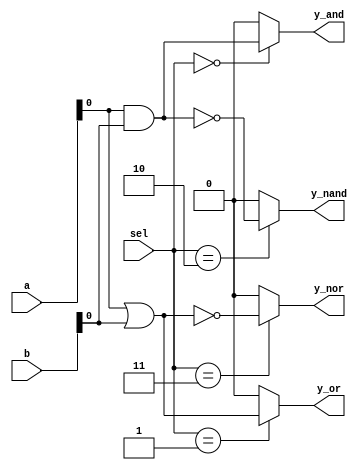
module combinational_logic_block (
    input wire [3:0] a,         // 4-bit input a
    input wire [3:0] b,         // 4-bit input b
    input wire [1:0] sel,       // 2-bit select signal for multiplexing
    output wire y_and,          // Output for AND function
    output wire y_or,           // Output for OR function
    output wire y_nand,         // Output for NAND function
    output wire y_nor           // Output for NOR function
);

    // Shared logic resources
    wire and_out;
    wire or_out;
    wire not_a;
    wire not_b;

    // Implement shared logic gates
    assign and_out = a & b;            // AND operation
    assign or_out = a | b;              // OR operation
    assign not_a = ~a;                  // NOT operation
    assign not_b = ~b;                  // NOT operation

    // Multiplexing to select the appropriate output based on sel input
    assign y_and = (sel == 2'b00) ? and_out : 1'b0;    // Active when sel = 00
    assign y_or  = (sel == 2'b01) ? or_out : 1'b0;     // Active when sel = 01
    assign y_nand = (sel == 2'b10) ? ~(a & b) : 1'b0;   // Active when sel = 10
    assign y_nor  = (sel == 2'b11) ? ~(a | b) : 1'b0;   // Active when sel = 11

endmodule